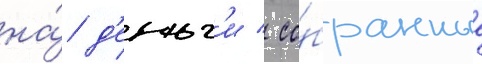
на́ д'еньг'и / со́бранные